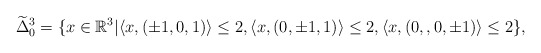
\begin{align*} \widetilde{\Delta}^3_0 =\{x\in\mathbb{R}^3|&\langle x,(\pm1,0,1)\rangle\leq2,\langle x,(0,\pm1,1)\rangle\leq2,\langle x,(0,,0,\pm1)\rangle\leq2 \},\end{align*}